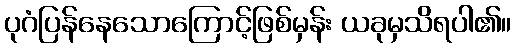
ပုဂံပြန်နေသောကြောင့်ဖြစ်မှန်း ယခုမှသိရပါ၏။